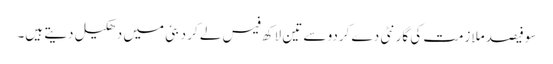
سو فیصد ملازمت کی گارنٹی دے کردو سے تین لاکھ فیس لے کر دبئی میں دھکیل دیتے ہیں۔